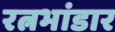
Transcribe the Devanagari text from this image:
रत्नभांडार